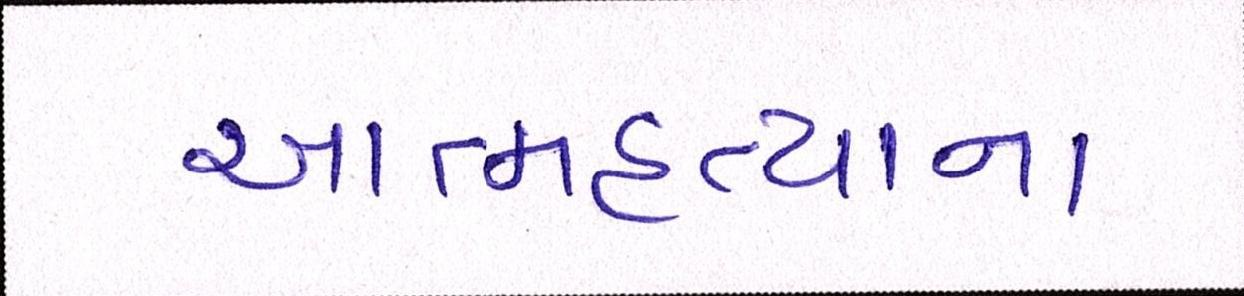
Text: આત્મહત્યાના